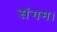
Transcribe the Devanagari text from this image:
संगम।